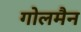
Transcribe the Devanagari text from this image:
गोलमैन